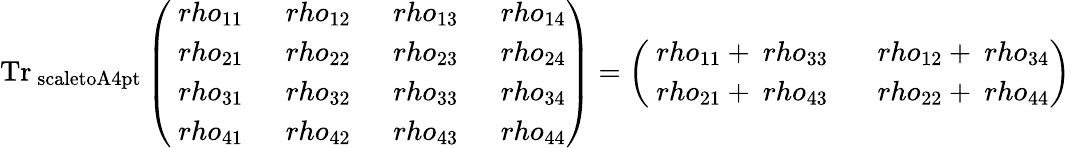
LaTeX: \mathrm{{Tr}_{\ scaleto{A}{4pt}}\left(\begin{array}{llll}{\ rho_{11}~}&{\ rho_{12}~}&{\ rho_{13}~}&{\ rho_{14}}\\ {\ rho_{21}~}&{\ rho_{22}~}&{\ rho_{23}~}&{\ rho_{24}}\\ {\ rho_{31}~}&{\ rho_{32}~}&{\ rho_{33}~}&{\ rho_{34}}\\ {\ rho_{41}~}&{\ rho_{42}~}&{\ rho_{43}~}&{\ rho_{44}}\end{array}\right)=\left(\begin{array}{ll}{\ rho_{11}+\ rho_{33}~~}&{\ rho_{12}+\ rho_{34}}\\ {\ rho_{21}+\ rho_{43}~~}&{\ rho_{22}+\ rho_{44}}\end{array}\right)}